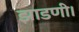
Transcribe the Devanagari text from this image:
झाडणी।